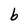
Character: b